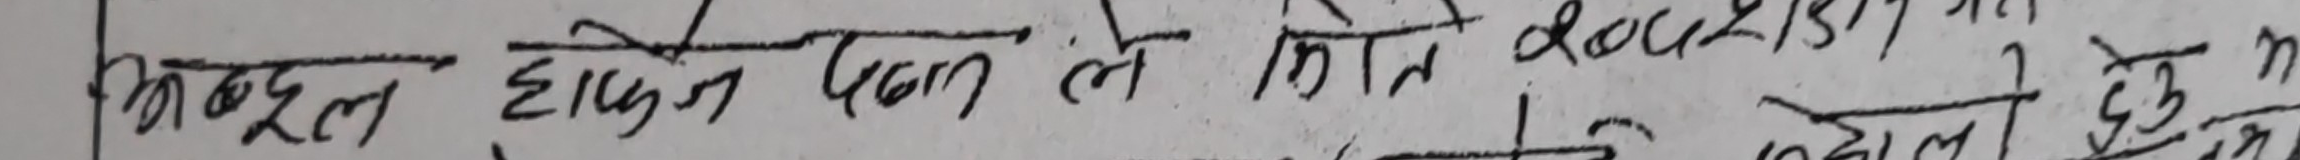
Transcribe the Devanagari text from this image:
अखण्डल हुने पढ्न ले गर्न २०७७ को मिति देखी ने